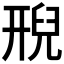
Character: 𮍩